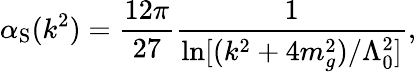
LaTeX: \alpha_{\mathrm S}(k^{2})={\frac{12\pi}{27}}{\frac{1}{\ln[(k^{2}+4m_{g}^{2})/\Lambda_{0}^{2}]}},